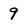
Character: 9